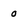
Character: 0